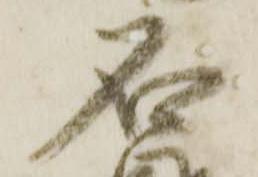
石